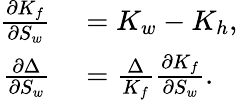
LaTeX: \begin{array}{r}{\begin{array}{rl}{\frac{\partial K_{f}}{\partial S_{w}}}&{{}=K_{w}-K_{h},}\\ {\frac{\partial\Delta}{\partial S_{w}}}&{{}=\frac{\Delta}{K_{f}}\frac{\partial K_{f}}{\partial S_{w}}.}\end{array}}\end{array}